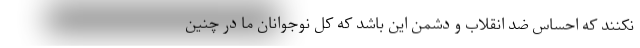
نکنند که احساس ضد انقلاب و دشمن این باشد که کل نوجوانان ما در چنین